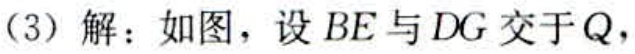
(3) 解：如图，设 \(BE\) 与 \(DG\) 交于 \(Q\)，